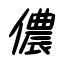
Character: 儂